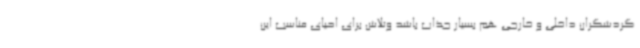
گردشگران داخلی و خارجی هم بسیار جذاب باشد وتلاش برای احیای مناسب این